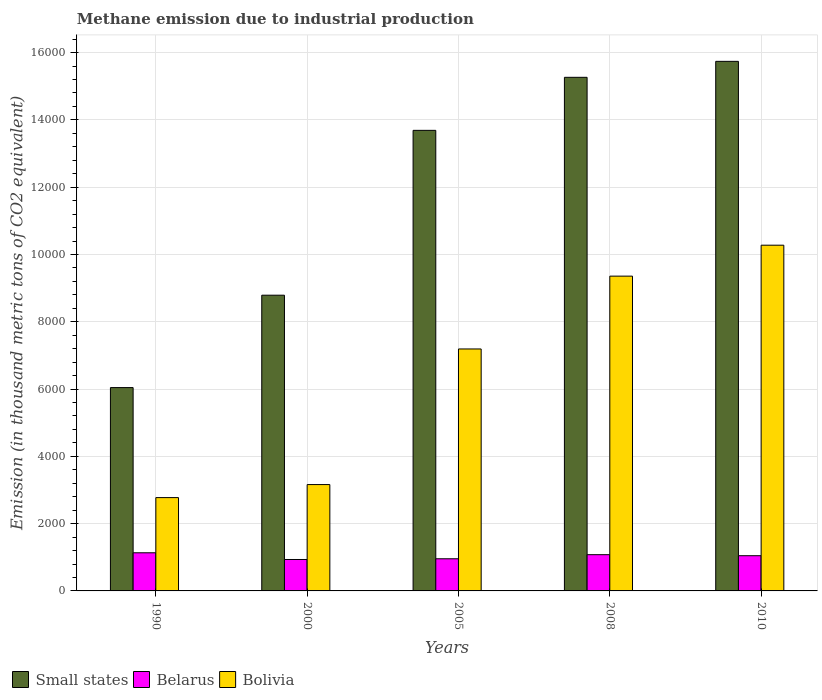
| Years | Small states | Belarus | Bolivia |
 | --- | --- | --- | --- |
 | 1990 | 6.04e+03 | 1.13e+03 | 2.77e+03 |
 | 2000 | 8.79e+03 | 934 | 3.16e+03 |
 | 2005 | 1.37e+04 | 955 | 7.19e+03 |
 | 2008 | 1.53e+04 | 1.08e+03 | 9.36e+03 |
 | 2010 | 1.57e+04 | 1.05e+03 | 1.03e+04 |